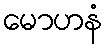
မောဟနံ